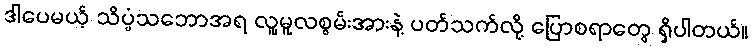
ဒါပေမယ့် သိပ္ပံသဘောအရ လူ့မူလစွမ်းအားနဲ့ ပတ်သက်လို့ ပြောစရာတွေ ရှိပါတယ်။